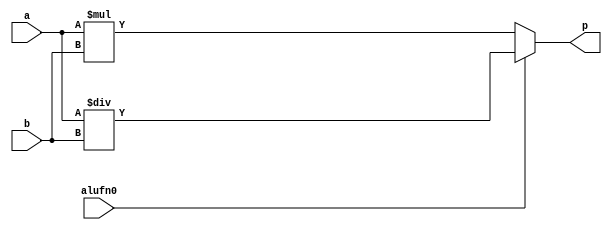
module multiply_9 (
    input alufn0,
    input [15:0] a,
    input [15:0] b,
    output reg [15:0] p
  );
  
  
  
  always @* begin
    p = 16'h0000;
    p = (alufn0 == 1'h0) ? a * b : a / b;
  end
endmodule